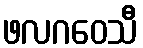
ဖလဂဝေသီ